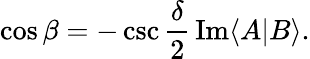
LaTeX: \cos{\beta}=-\csc{\frac{\delta}{2}}\, \mathrm{Im}\langle A|B\rangle.